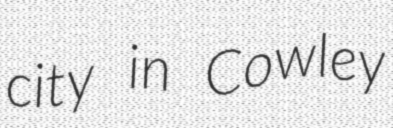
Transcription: city in Cowley